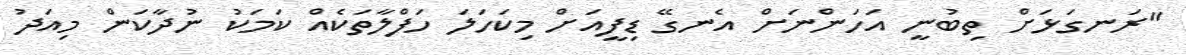
"ރަނގަޅަށް ތިބުނީ އަހަންނަށް އެނގޭ ޑިފީއަށް މިކަހަލަ ހަފްލާތަކެއް ކަމަކު ނުދާކަން މިއަދު